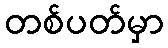
တစ်ပတ်မှာ